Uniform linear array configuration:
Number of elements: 48
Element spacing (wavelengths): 0.5
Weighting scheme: blackman
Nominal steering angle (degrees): -45
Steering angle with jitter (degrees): -43.533
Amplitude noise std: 0.05
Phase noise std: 0.05

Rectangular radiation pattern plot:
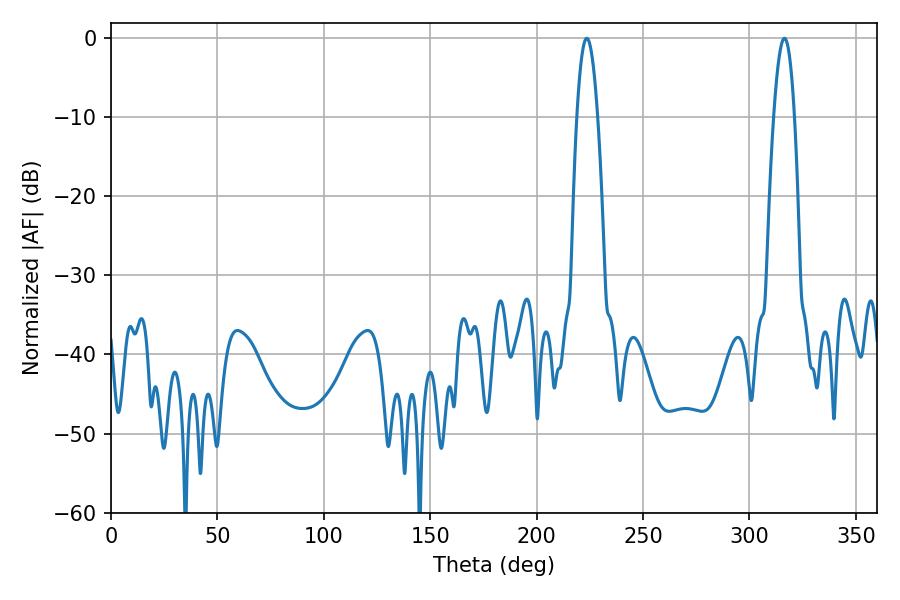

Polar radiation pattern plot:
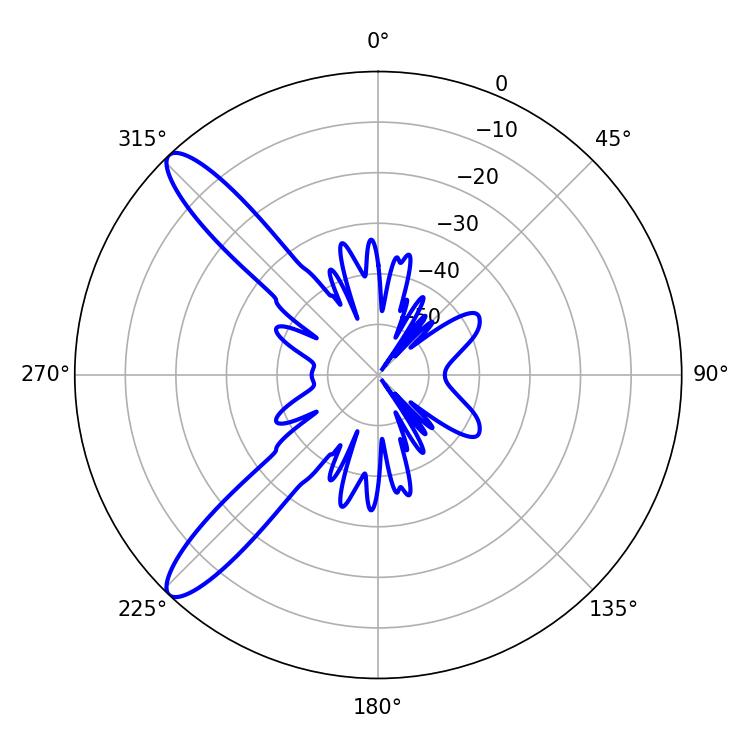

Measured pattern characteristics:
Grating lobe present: FALSE
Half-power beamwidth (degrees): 5.22
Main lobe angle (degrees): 223.56